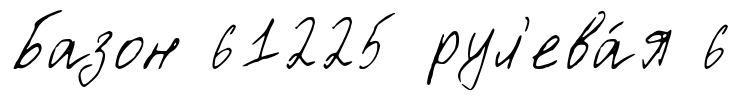
Базон 61225 рул'ева́я 6